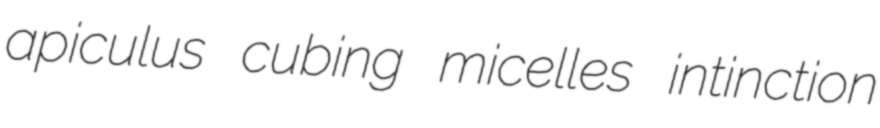
apiculus cubing micelles intinction